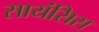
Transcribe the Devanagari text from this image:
सायंसिस